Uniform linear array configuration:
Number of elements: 32
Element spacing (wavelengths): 0.75
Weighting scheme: kaiser
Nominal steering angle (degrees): -45
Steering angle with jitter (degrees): -45.668
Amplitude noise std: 0.05
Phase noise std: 0.05

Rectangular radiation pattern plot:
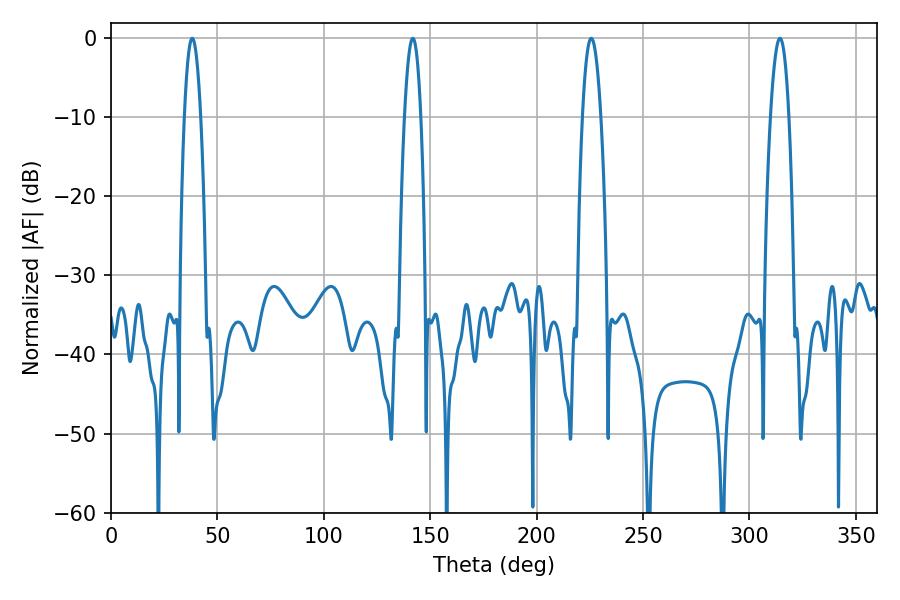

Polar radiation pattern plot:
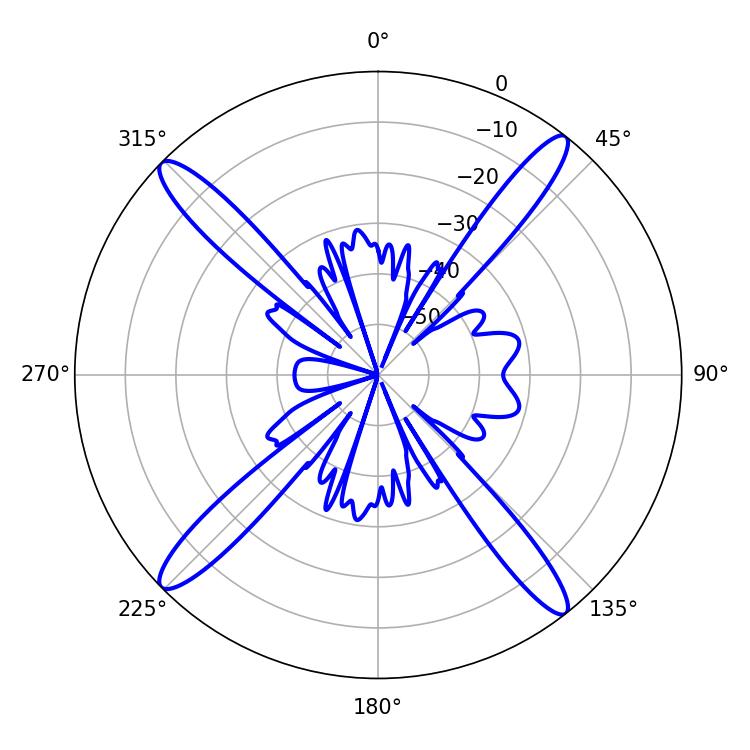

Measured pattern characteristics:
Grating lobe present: TRUE
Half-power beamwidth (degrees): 4.14
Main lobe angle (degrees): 38.16